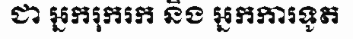
ជា អ្នករុករក និង អ្នកការទូត